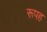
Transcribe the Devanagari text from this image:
रूपह